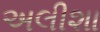
અલીશા